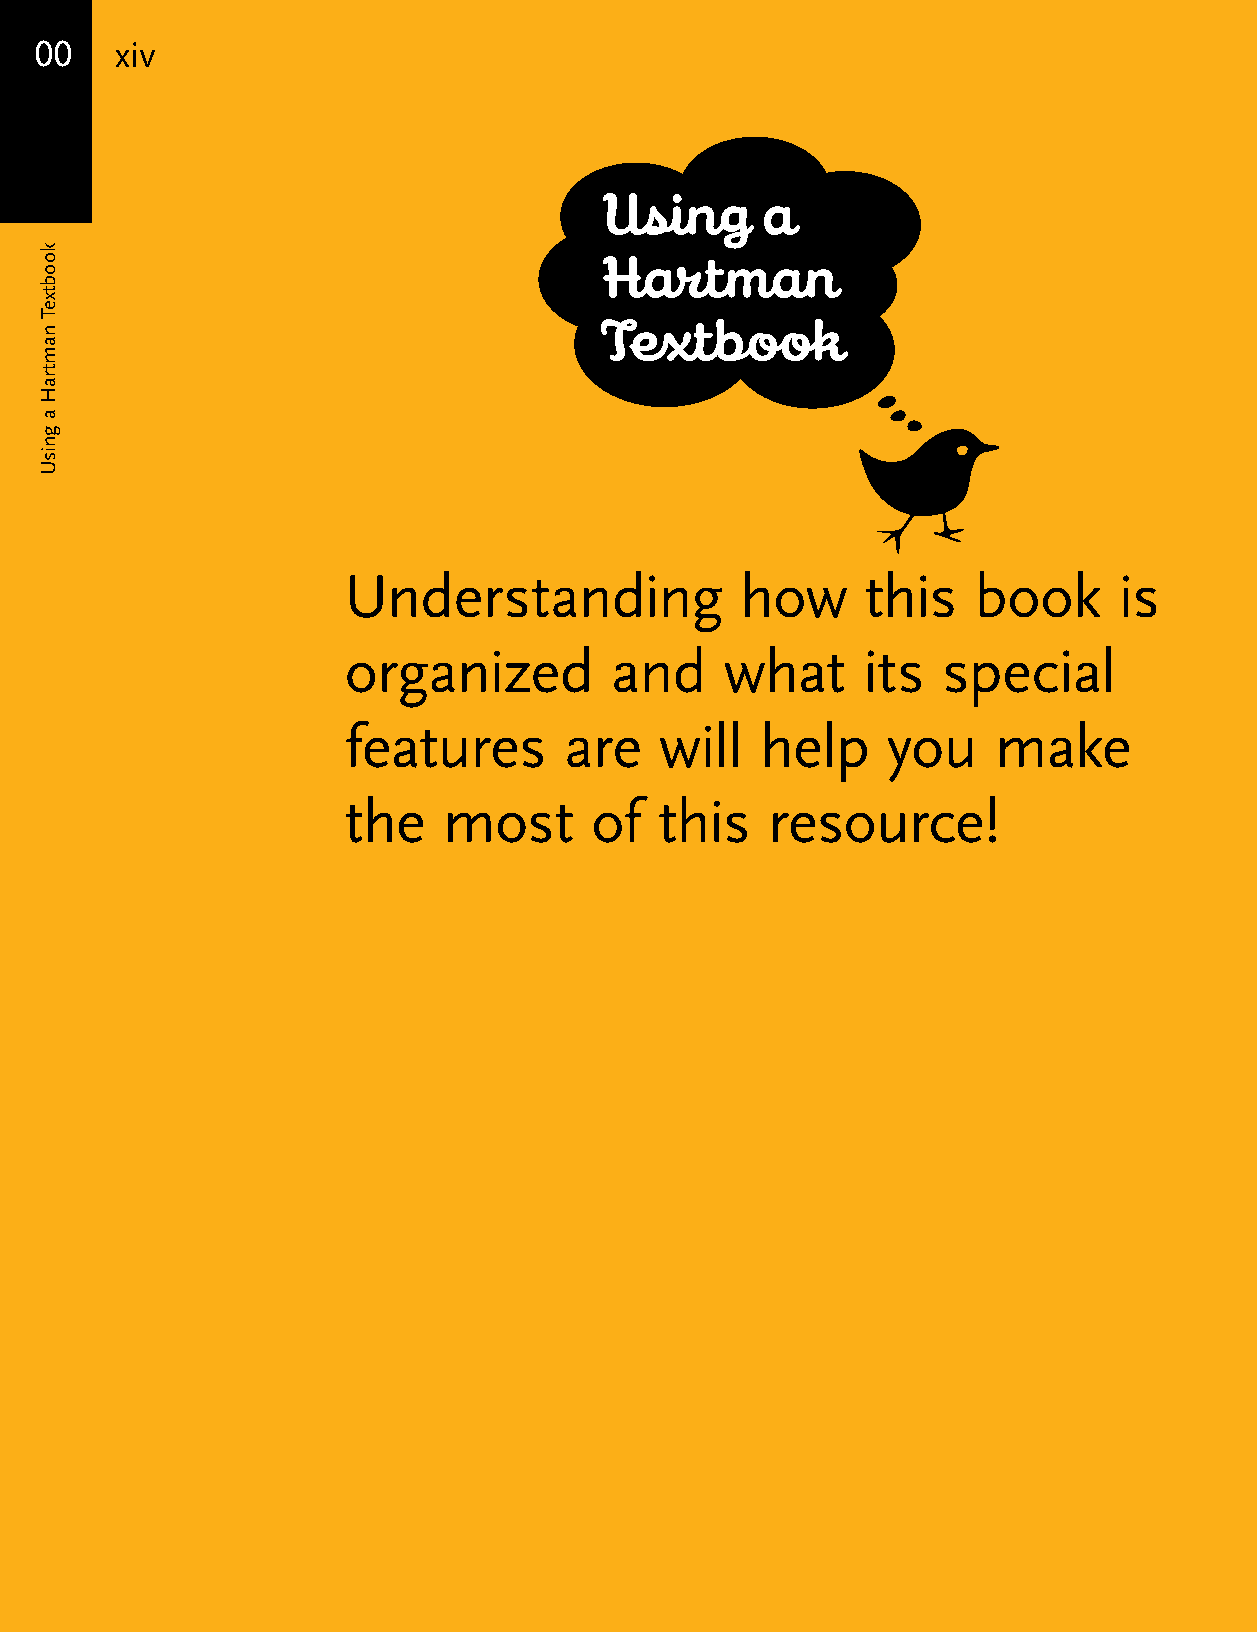
00    xiv
 Using     a
 Hartman
 Textbook
 Understanding             how     this   book      is
 organized        and     what     its  special
 features      are    will  help     you    make
 the   most      of   this   resource!
 koobtxeT
 namtraH
 a
 gnisU